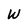
Character: W